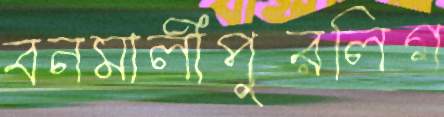
বনমালীপুরলিগ